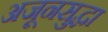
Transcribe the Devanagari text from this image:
अजूनसुद्धा